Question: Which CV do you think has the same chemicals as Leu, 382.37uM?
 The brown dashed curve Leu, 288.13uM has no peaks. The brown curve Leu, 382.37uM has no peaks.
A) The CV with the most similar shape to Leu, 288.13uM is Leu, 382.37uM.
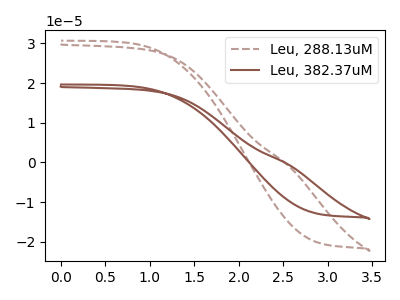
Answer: <think>Neither "Leu, 288.13uM" or "Leu, 382.37uM" have any peaks.
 </think>
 <answer>A) The CV with the most similar shape to "Leu, 288.13uM" is "Leu, 382.37uM".</answer>
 <eval>A</eval>